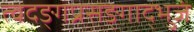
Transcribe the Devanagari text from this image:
त्वदङ्गप्रसङ्गाद्भुजं